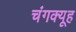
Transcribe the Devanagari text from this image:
चंगक्यूह